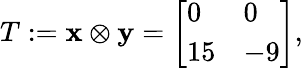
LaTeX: T:=\mathbf{x}\otimes\mathbf{y}={\left[\begin{array}{ll}{0}&{0}\\ {15}&{-9}\end{array}\right]},